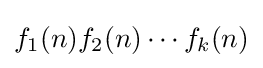
f_{1}(n)f_{2}(n)\cdots f_{k}(n)